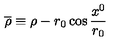
\overline { { \rho } } \equiv \rho - r _ { 0 } \cos { \frac { x ^ { 0 } } { r _ { 0 } } }